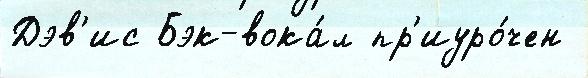
Дэв'ис Бэк-вока́л пр'иуро́чен